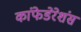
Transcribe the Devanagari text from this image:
कांफेडेरेशंस